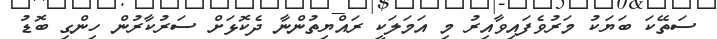
ސަތޭކަ ބަޔަކު މަރުވެފައިވާއިރު މި އަމަލަކީ ރައްޔިތުންނާ ދެކޮޅަށް ސަރުކާރުން ހިންގި ބޮޑު